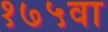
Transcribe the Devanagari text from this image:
१७५वा